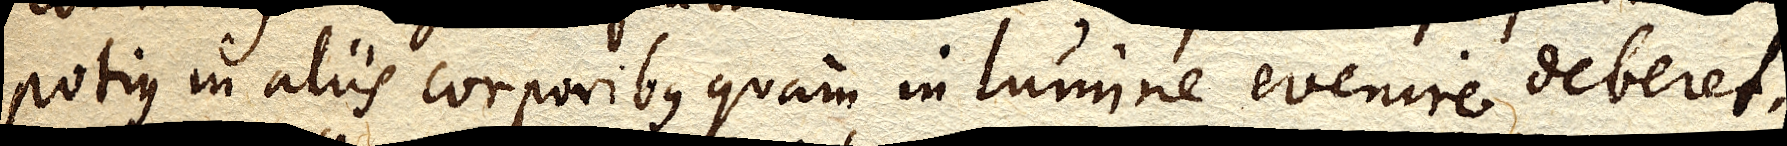
potius in aliis corporibus quam in lumine evenire deberet.